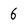
Character: 6